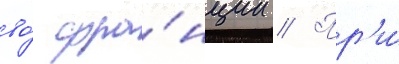
во́ фра́нции // Пр'и́